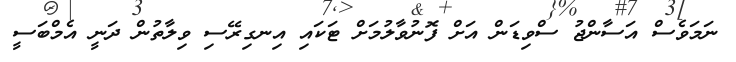
ނަމަވެސް އަސާންޖު ސްވިޑަން އަށް ފޮނުވާލުމަށް ޓަކައި އިނގިރޭސި ވިލާތުން ދަނީ އެމްބަސީ